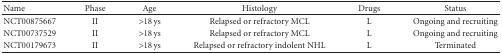
| Name | Phase | Age | Histology | Drugs | Status |
 | --- | --- | --- | --- | --- | --- |
 | NCT00875667 | II | >18 ys | Relapsed or refractory MCL | L | Ongoing and recruiting |
 | NCT00737529 | II | >18 ys | Relapsed or refractory MCL | L | Ongoing and recruiting |
 | NCT00179673 | II | >18 ys | Relapsed or refractory indolent NHL | L | Terminated |